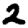
Digit: 2